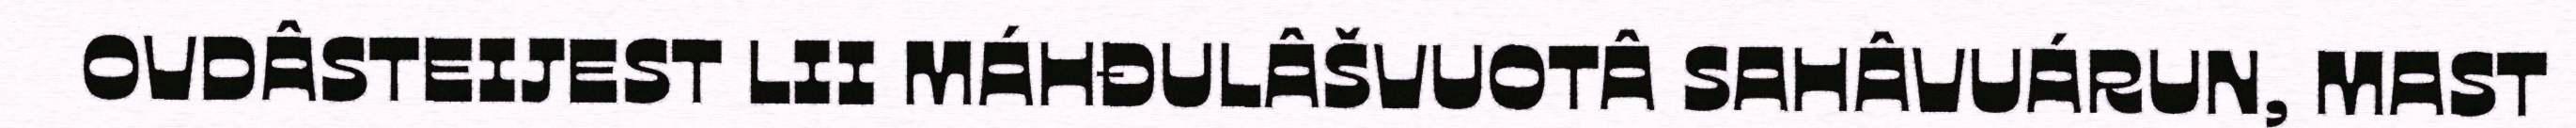
OVDÂSTEIJEST LII MÁHĐULÂŠVUOTÂ SAHÂVUÁRUN, MAST